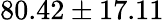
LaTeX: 80.42\pm 17.11